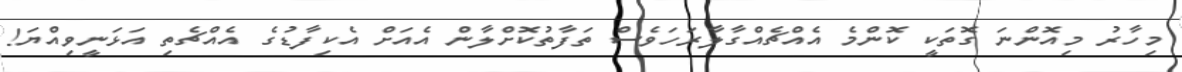
މިހާރު މިއޮންނަ ގޮތަކީ ކޮންމެ އެއްޗެއްގާލާރަހަވެސް ތަފާތުކޮށްލާން އެއަށް އެކިފާޑުގެ އެއްޗެތި އަޅަނީވިއްޔަ!